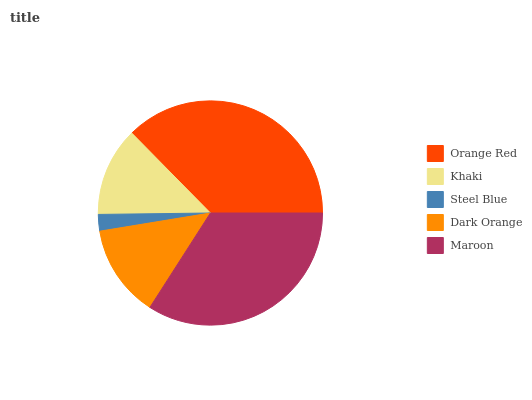
| Orange Red | Khaki | Steel Blue | Dark Orange | Maroon |
 | --- | --- | --- | --- | --- |
 | 37.4% | 12.8% | 2.39% | 13.3% | 34.1% |